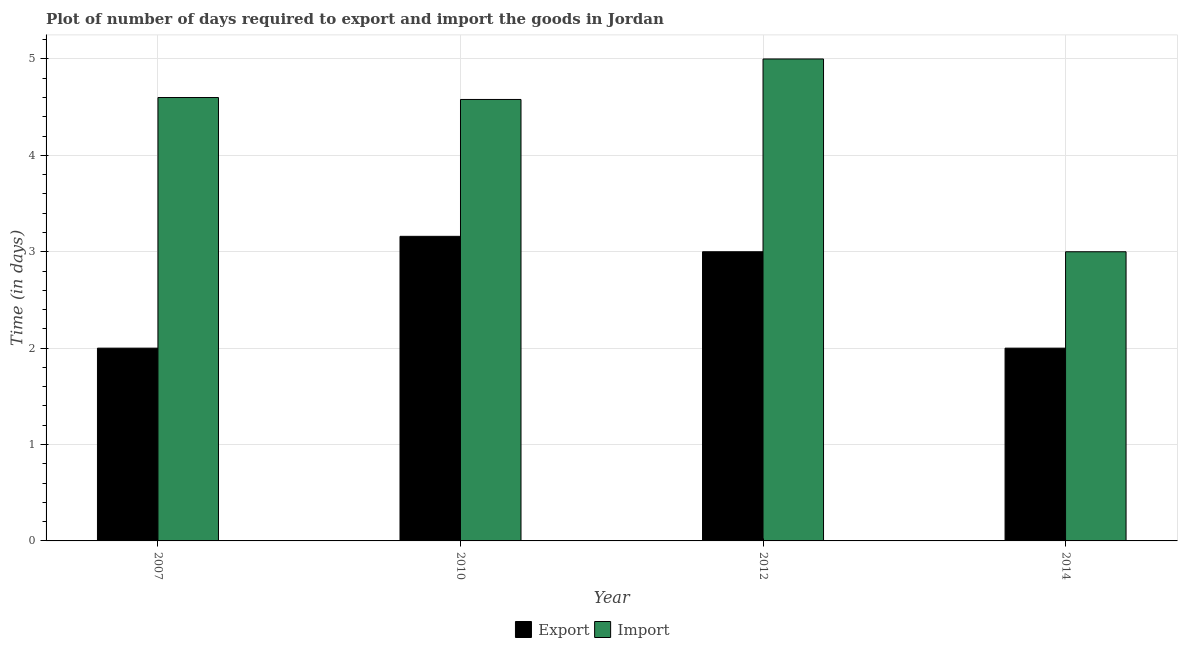
| Year | Export | Import |
 | --- | --- | --- |
 | 2007 | 2 | 4.6 |
 | 2010 | 3.16 | 4.58 |
 | 2012 | 3 | 5 |
 | 2014 | 2 | 3 |